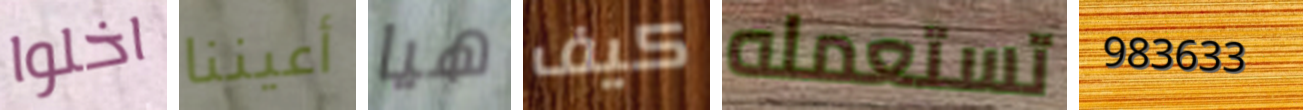
اخلوا أعيننا هيا كيف تستعمله 983633